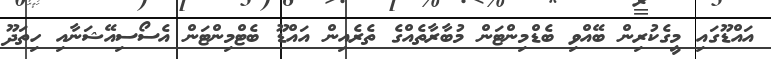
އައްޑޫގައި މީގެކުރިން ބޭއްވި ބެޑްމިންޓަން މުބާރާތެއްގެ ތެރެއިން އައްޑޫ ބެޓްމިންޓަން އެސޯސިއޭޝަނާއި ހިތަދޫ